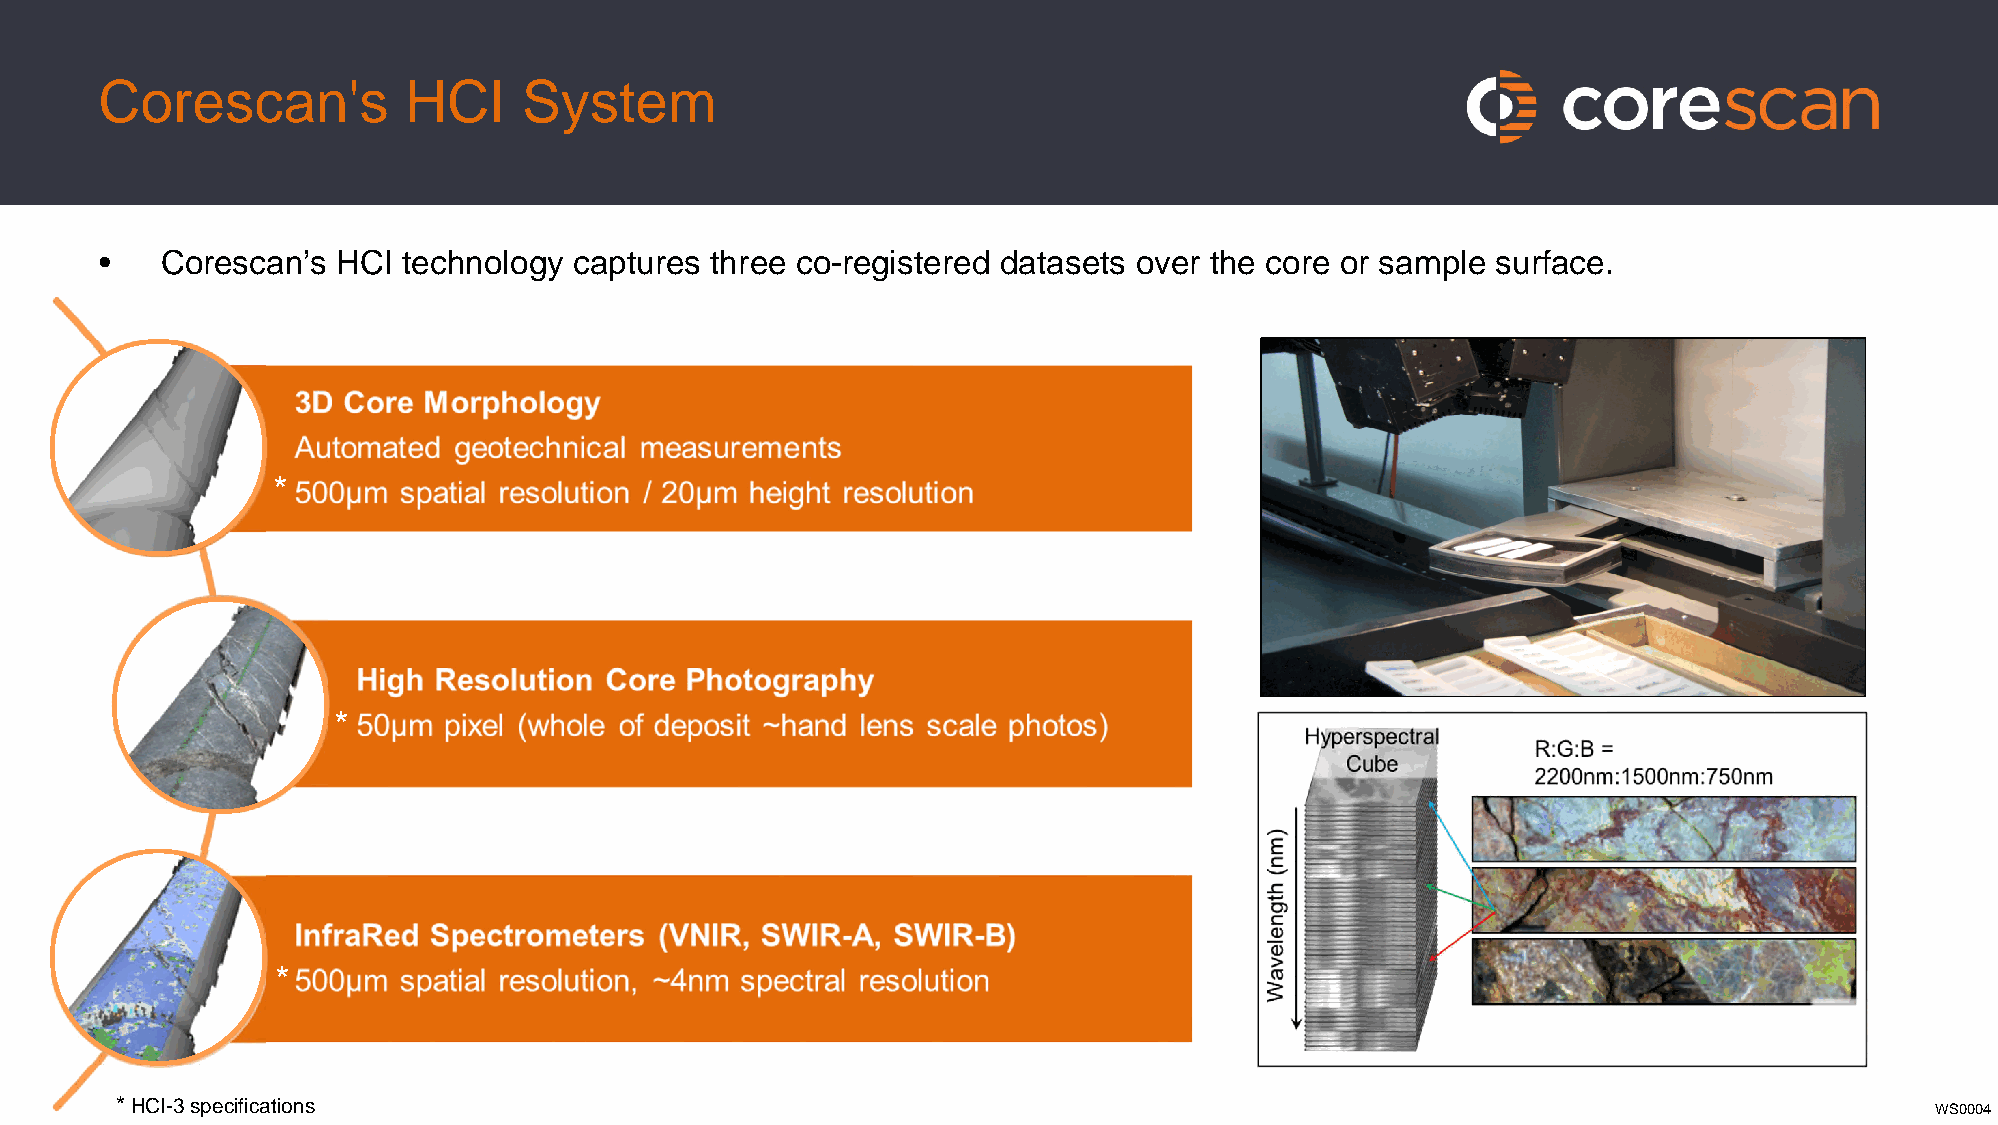
Corescan's          HCI     System
 •   Corescan’s HCI  technology captures three co-registered datasets over the core or sample surface.
 *
 *
 *
 * HCI-3 specifications
 WS0004